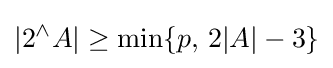
|2^{\wedge }A|\geq \min\{p,\,2|A|-3\}